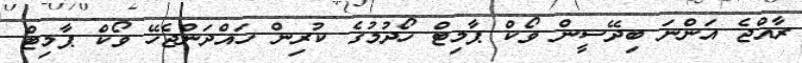
ރާއްޖެ އަންނަ ބިދޭސީން ވޯކް ޕާމިޓް ހޯދުމުގެ ކުރިން ހައްދަންޖެހޭ ވޯކް ޕާމިޓް